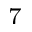
^ 7